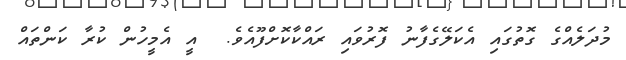
މުދަލެއްގެ ގޮތުގައި އެކަލޭގެފާނު ފޮރުވައި ރައްކާކޮށްފޫއެވެ.  އީ އެމީހުން ކުރާ ކަންތައް